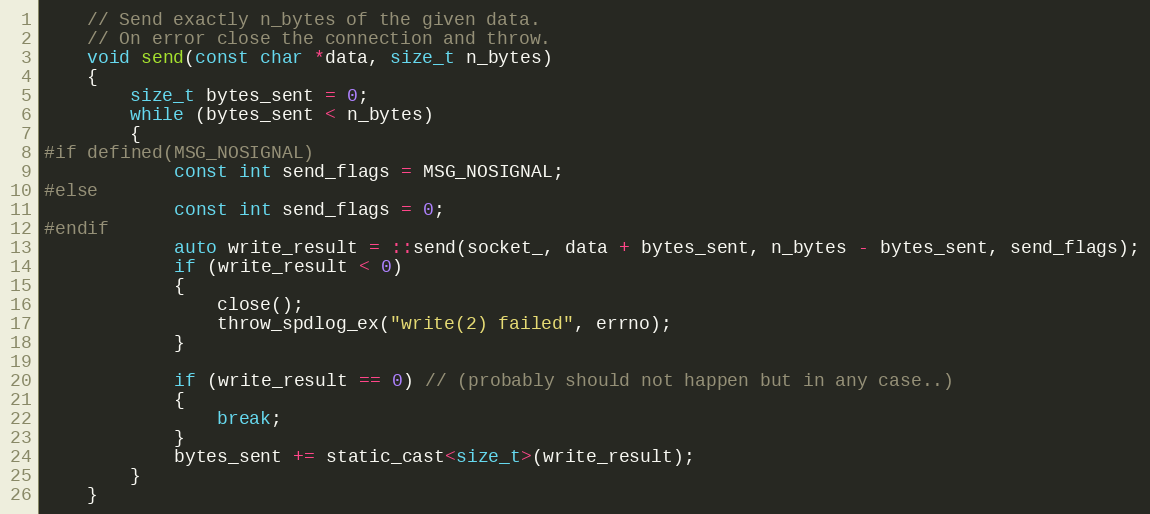
Language: C
    // Send exactly n_bytes of the given data.
    // On error close the connection and throw.
    void send(const char *data, size_t n_bytes)
    {
        size_t bytes_sent = 0;
        while (bytes_sent < n_bytes)
        {
#if defined(MSG_NOSIGNAL)
            const int send_flags = MSG_NOSIGNAL;
#else
            const int send_flags = 0;
#endif
            auto write_result = ::send(socket_, data + bytes_sent, n_bytes - bytes_sent, send_flags);
            if (write_result < 0)
            {
                close();
                throw_spdlog_ex("write(2) failed", errno);
            }

            if (write_result == 0) // (probably should not happen but in any case..)
            {
                break;
            }
            bytes_sent += static_cast<size_t>(write_result);
        }
    }